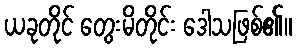
ယခုတိုင် တွေးမိတိုင်း ဒေါသဖြစ်၏။